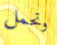
وتحمل